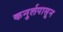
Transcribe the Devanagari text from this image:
कनुर्लपासून